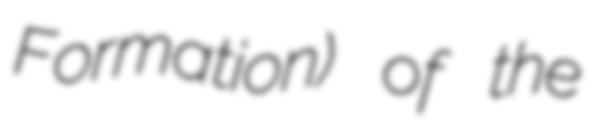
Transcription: Formation) of the